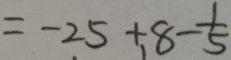
= - 2 5 + 8 - \frac { 1 } { 5 }